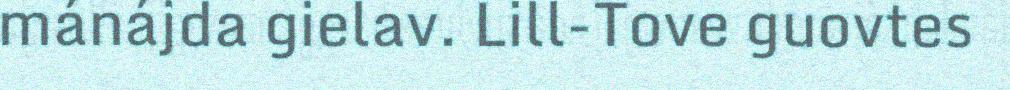
mánájda gielav. Lill-Tove guovtes